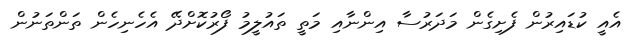
އެއީ ކުޑައިރުން ފެށިގެން މަދަރުސާ އިންނާއި މަތީ ތައުލީމު ފޯރުކޮށްދޭ އެހެނިހެން ތަންތަނުން